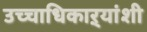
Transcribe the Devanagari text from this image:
उच्चाधिकाऱ्यांशी